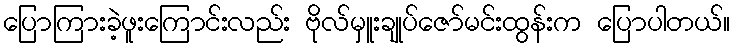
ပြောကြားခဲ့ဖူးကြောင်းလည်း ဗိုလ်မှူးချုပ်ဇော်မင်းထွန်းက ပြောပါတယ်။